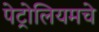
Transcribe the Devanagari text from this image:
पेट्रोलियमचे